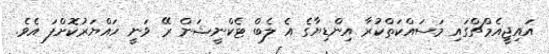
އައިޖީއެމްޗްގައި މަސައްކަތްކުރާ އިންޑިޔާގެ އެ ލެބް ޓެކްނީޝަން ރޭ ވަނީ ހައްޔަރުކޮށްފަ އެވެ.